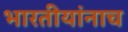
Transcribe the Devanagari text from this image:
भारतीयांनाच